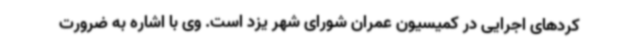
کردهای اجرایی در کمیسیون عمران شورای شهر یزد است. وی با اشاره به ضرورت